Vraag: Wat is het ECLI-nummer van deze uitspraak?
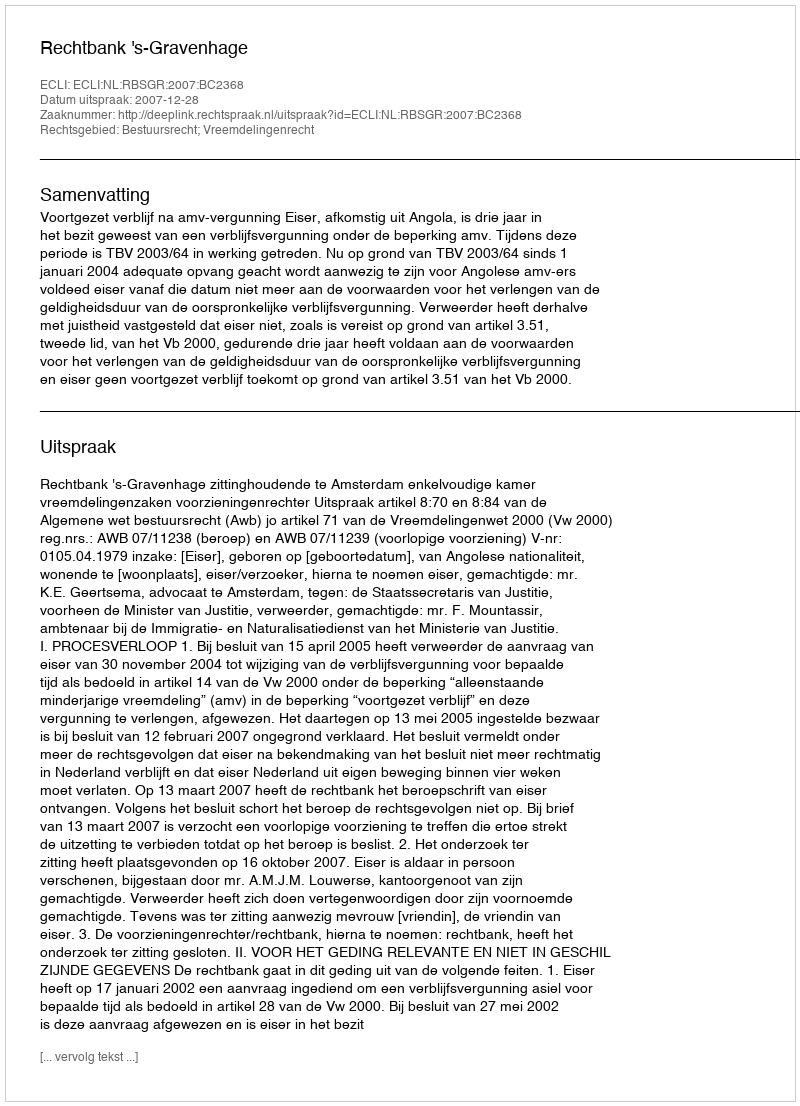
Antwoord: ECLI:NL:RBSGR:2007:BC2368